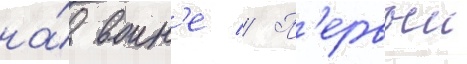
на́ воин'е // П'ервыи